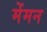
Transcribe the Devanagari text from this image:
मेंमन